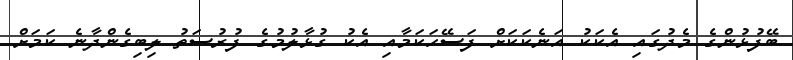
ބޭފުޅުންގެ މެދުގައި އެކަކު އަނެކަކަށް ފަސޭހަކަމާއި އެކު ގުޅާލުމުގެ ފުރުސަތު ލިބިގެންދާނެ ކަމަށް